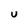
Character: U